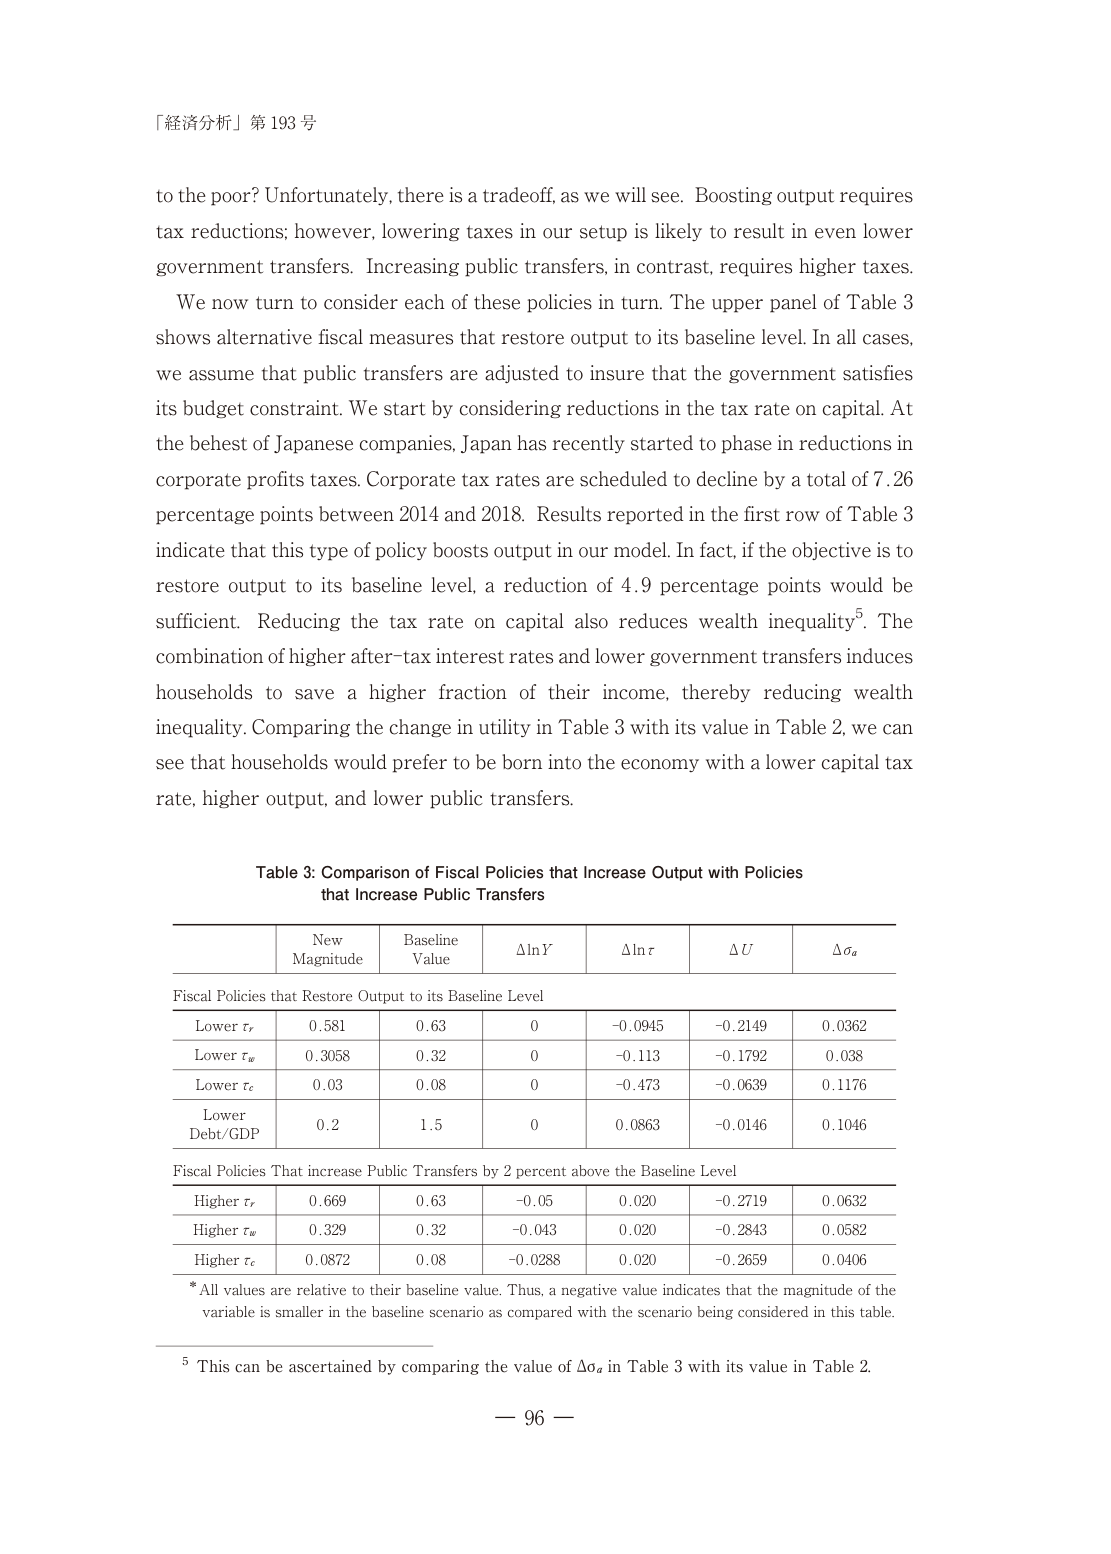
「経済分析」第 193 号

to the poor? Unfortunately, there is a tradeoff, as we will see. Boosting output requires tax reductions; however, lowering taxes in our setup is likely to result in even lower government transfers. Increasing public transfers, in contrast, requires higher taxes.

We now turn to consider each of these policies in turn. The upper panel of Table 3 shows alternative fiscal measures that restore output to its baseline level. In all cases, we assume that public transfers are adjusted to insure that the government satisfies its budget constraint. We start by considering reductions in the tax rate on capital. At the behest of Japanese companies, Japan has recently started to phase in reductions in corporate profits taxes. Corporate tax rates are scheduled to decline by a total of 7.26 percentage points between 2014 and 2018. Results reported in the first row of Table 3 indicate that this type of policy boosts output in our model. In fact, if the objective is to restore output to its baseline level, a reduction of 4.9 percentage points would be sufficient. Reducing the tax rate on capital also reduces wealth inequality⁵. The combination of higher after-tax interest rates and lower government transfers induces households to save a higher fraction of their income, thereby reducing wealth inequality. Comparing the change in utility in Table 3 with its value in Table 2, we can see that households would prefer to be born into the economy with a lower capital tax rate, higher output, and lower public transfers.

Table 3: Comparison of Fiscal Policies that Increase Output with Policies that Increase Public Transfers

New Magnitude | Baseline Value | ΔlnY | Δlnr | ΔU | Δσₐ
--- | --- | --- | --- | --- | ---
Fiscal Policies that Restore Output to its Baseline Level | | | | | |
Lower τᵣ | 0.581 | 0.63 | 0 | -0.0945 | -0.2149 | 0.0362
Lower τʷ | 0.3058 | 0.32 | 0 | -0.113 | -0.1792 | 0.038
Lower τᶜ | 0.03 | 0.08 | 0 | -0.473 | -0.0639 | 0.1176
Lower Debt/GDP | 0.2 | 1.5 | 0 | 0.0863 | -0.0146 | 0.1046
Fiscal Policies That increase Public Transfers by 2 percent above the Baseline Level | | | | | |
Higher τᵣ | 0.669 | 0.63 | -0.05 | 0.020 | -0.2719 | 0.0632
Higher τʷ | 0.329 | 0.32 | -0.043 | 0.020 | -0.2843 | 0.0582
Higher τᶜ | 0.0872 | 0.08 | -0.0288 | 0.020 | -0.2659 | 0.0406
*All values are relative to their baseline value. Thus, a negative value indicates that the magnitude of the variable is smaller in the baseline scenario as compared with the scenario being considered in this table.

⁵ This can be ascertained by comparing the value of Δσₐ in Table 3 with its value in Table 2.

— 96 —